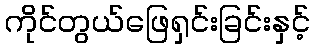
ကိုင်တွယ်ဖြေရှင်းခြင်းနှင့်